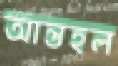
আন্তহল